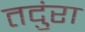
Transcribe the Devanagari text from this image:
तदुंरा